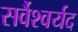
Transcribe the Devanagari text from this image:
सर्वैश्‍वर्यद